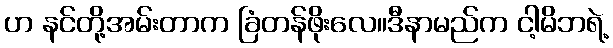
ဟ နင်တို့အမ်းတာက ခြံတန်ဖိုးလေ။ဒီနာမည်က ငါ့မိဘရဲ့